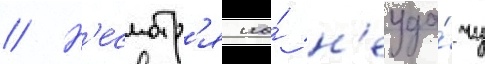
// Н'есмотр'я на́ н'еуда́чу